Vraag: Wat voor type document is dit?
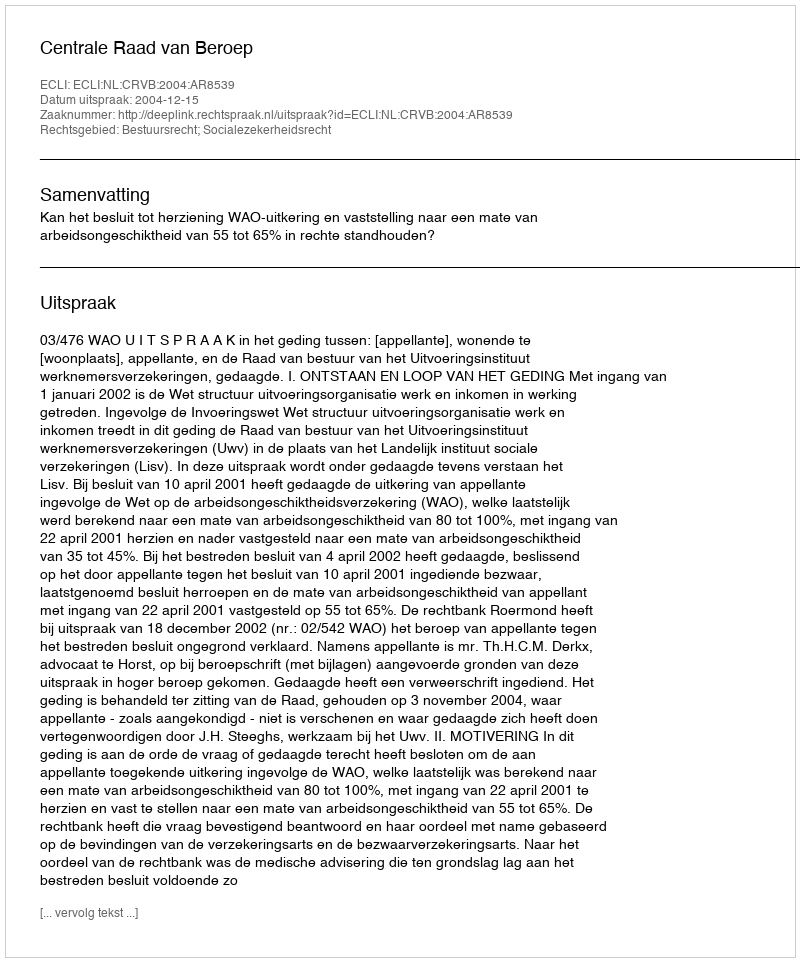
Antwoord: Uitspraak